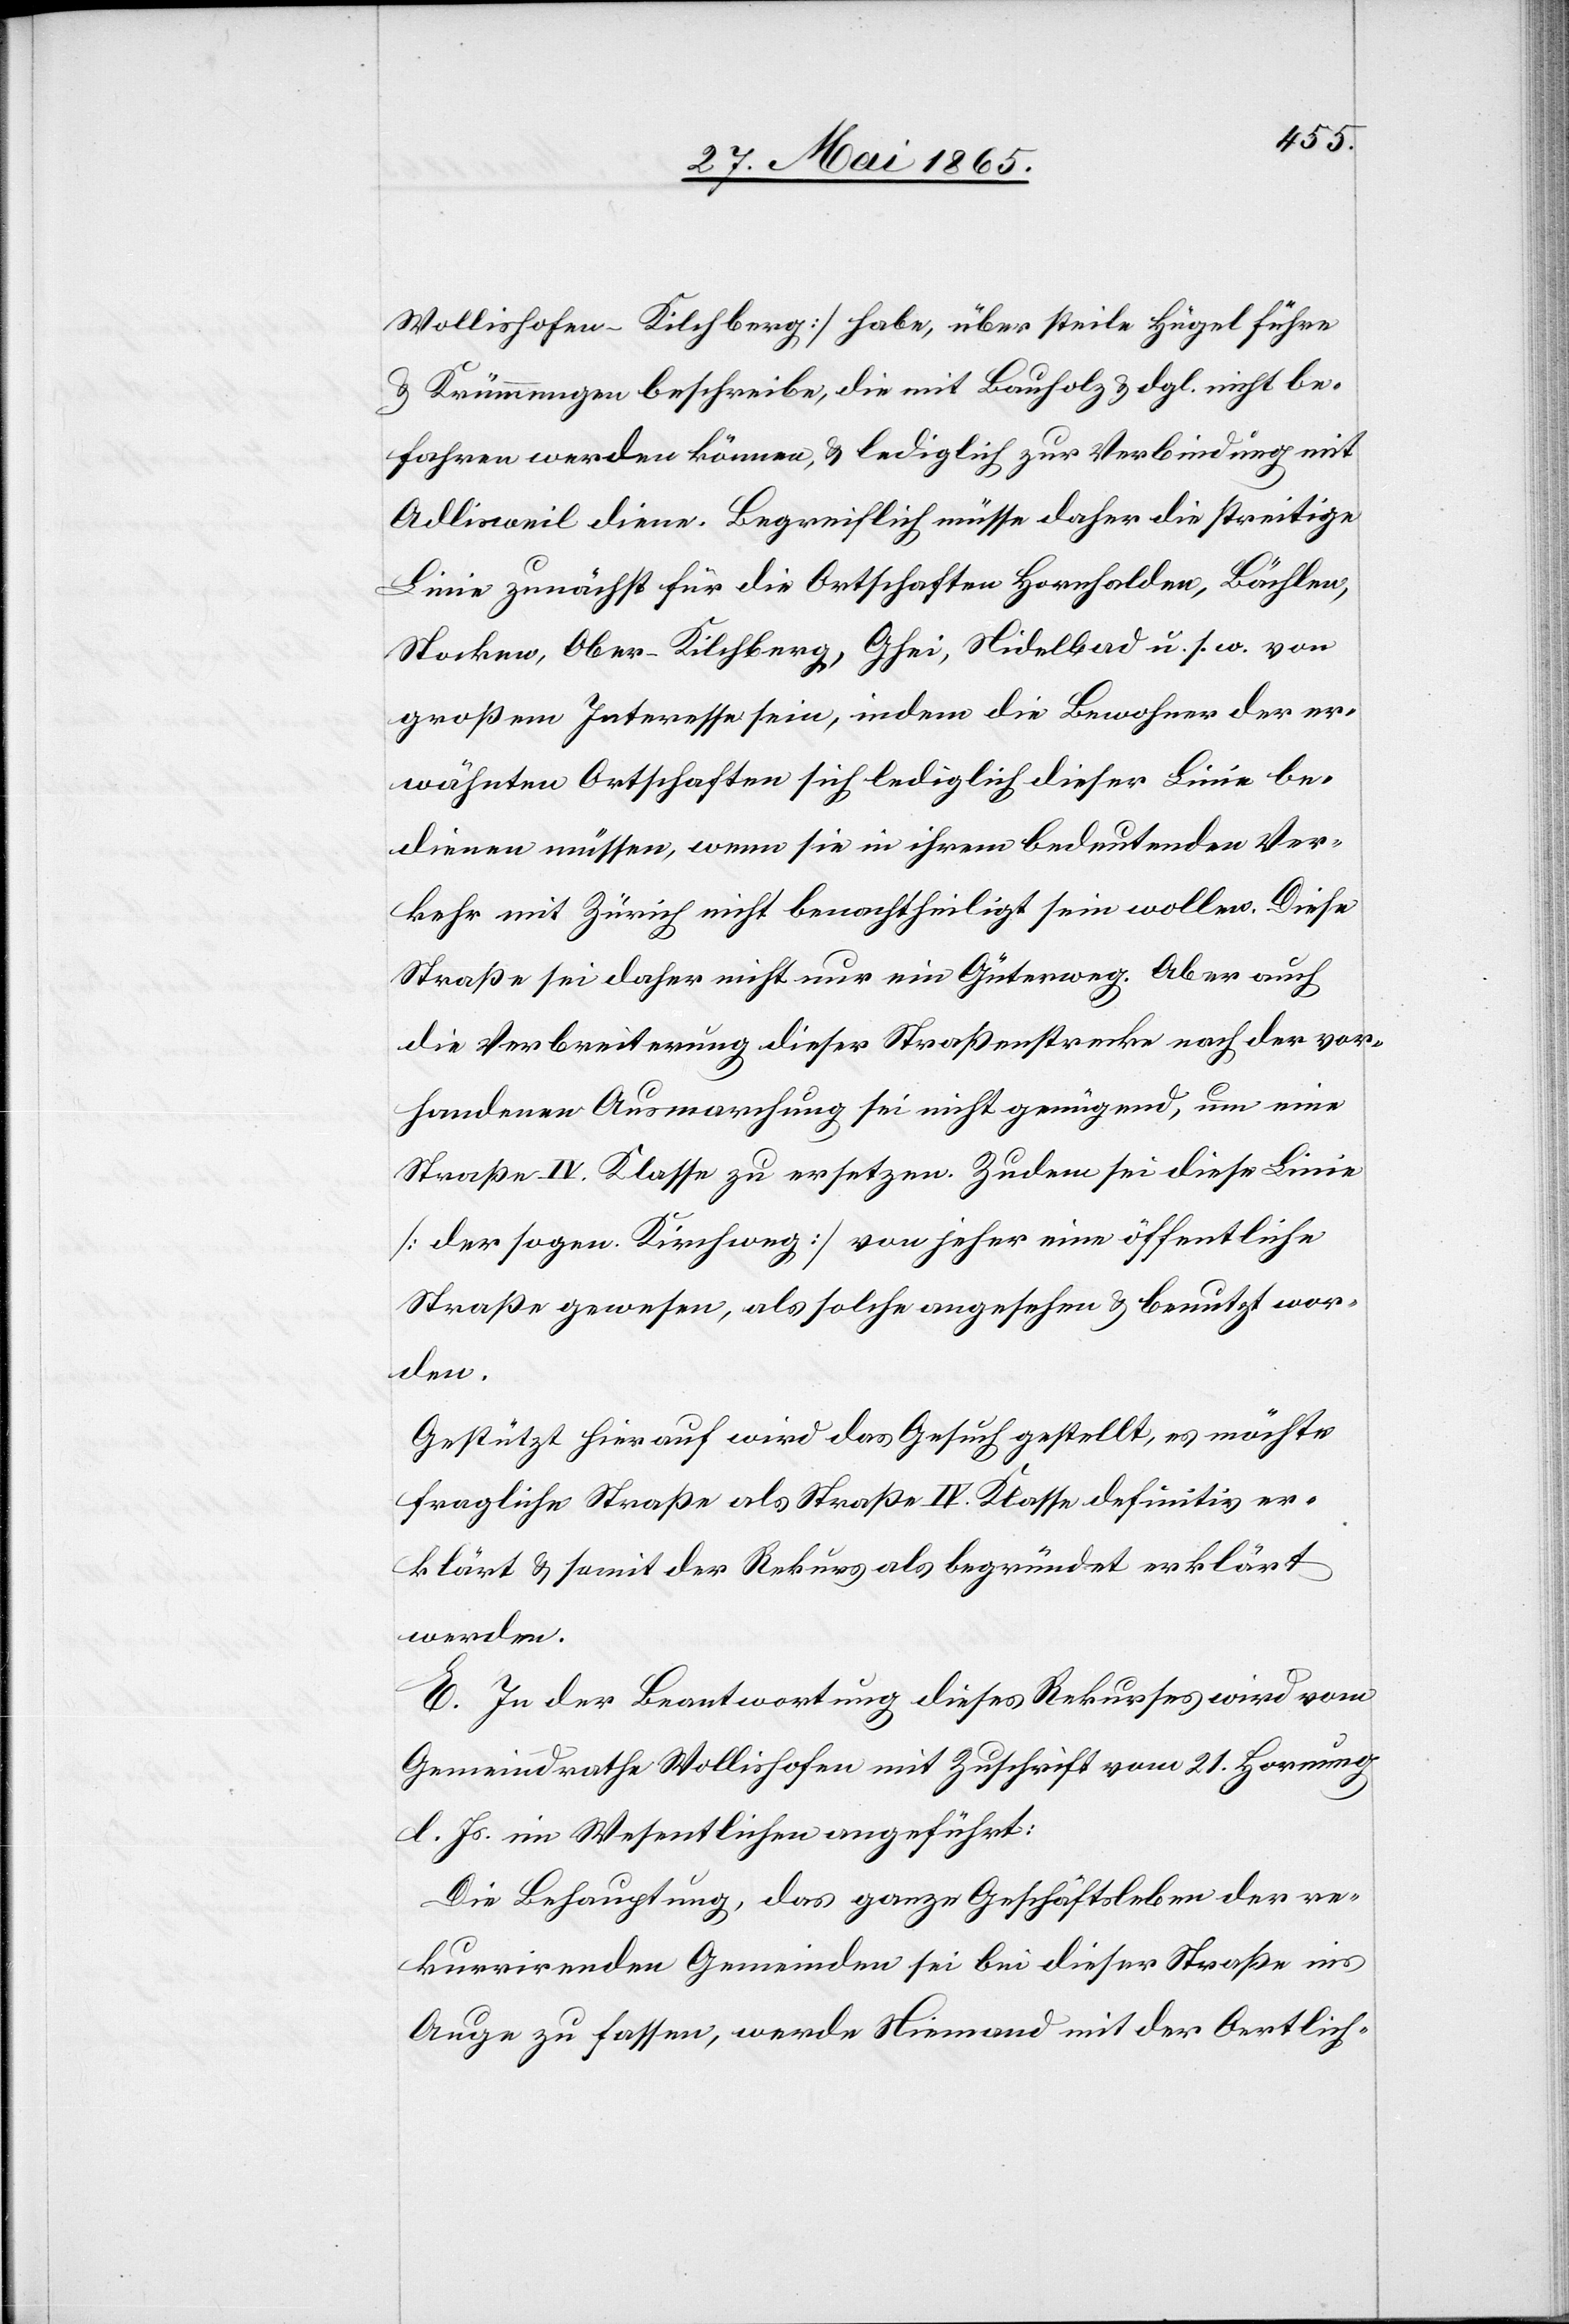
Wollishofen-Kilchberg] habe, über steile Hügel führe
& Krümmungen beschreibe, die mit Bauholz & dgl. nicht be¬
fahren werden könne, & lediglich zur Verbindung mit
Adlisweil diene. Begreiflich müsse daher die streitige
Linie zunächst für die Ortschaften Hornhalden, Bächlen,
Stocken, Ober-Kilchberg, Ghei, Nidelbad u. s. w. von
großem Interesse sein, indem die Bewohner der er¬
wähnten Ortschaften sich lediglich dieser Linie be¬
dienen müssen, wenn sie in ihrem bedeutenden Ver¬
kehr mit Zürich nicht benachtheiligt sein wollen. Diese
Straße sei daher nicht nur ein Güterweg. Aber auch
die Verbreiterung dieser Straßenstrecke nach der vor¬
handenen Ausmarchung sei nicht genügend, um eine
Straße IV. Klasse zu ersetzen. Zudem sei diese Linie
[der sogen. Kirchweg] von jeher eine öffentliche
Straße gewesen, als solche angesehen & benutzt wor¬
den.
Gestützt hierauf wird das Gesuch gestellt, es möchte
fragliche Straße als Straße IV. Klasse definitiv er¬
klärt & somit der Rekurs als begründet erklärt
werden.
E. In der Beantwortung dieses Rekurses wird vom
Gemeindrathe Wollishofen mit Zuschrift vom 21. Hornung
l. Js. im Wesentlichen angeführt:
Die Behauptung, das ganze Geschäftsleben der re¬
kurrirenden Gemeinden sei bei dieser Straße ins
Auge zu fassen, werde Niemand mit der Oertlich-